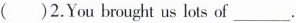
( )2.You brought us lots of ___.